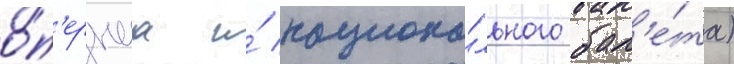
о́п'ернаа и́ национа́льного бал'е́та)